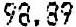
98.89